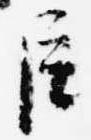
臣